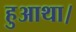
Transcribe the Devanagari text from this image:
हुआथा।